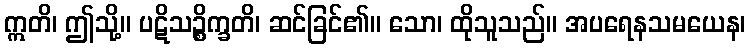
ဣတိ၊ ဤသို့။ ပဋိသဉ္စိက္ခတိ၊ ဆင်ခြင်၏။ သော၊ ထိုသူသည်။ အပရေနသမယေန၊